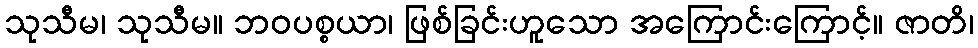
သုသီမ၊ သုသီမ။ ဘဝပစ္စယာ၊ ဖြစ်ခြင်းဟူသော အကြောင်းကြောင့်။ ဇာတိ၊